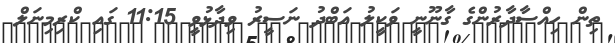
ތިން ހިއްސާދާރުންގެ ގާނޫނީ ވަކީލު އަބްދު ނަސީރު ވިދާޅުވީ 11:15 ގައި ކްރިމިނަލް